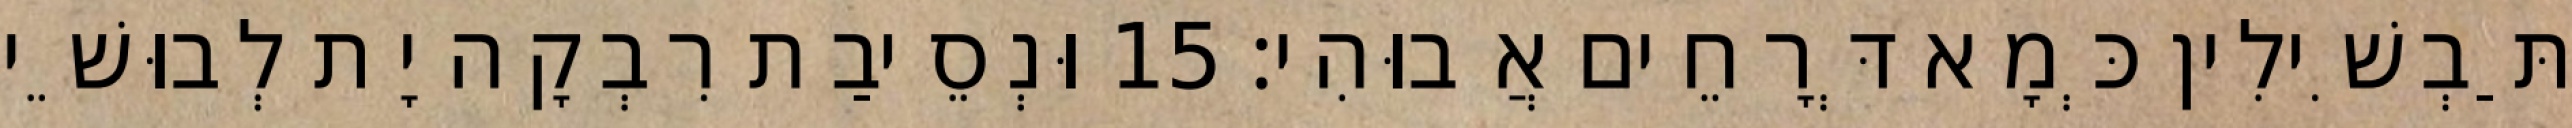
תַּבְשִׁילִין כְּמָא דְּרָחֵים אֲבוּהִי׃ 15 וּנְסֵיבַת רִבְקָה יָת לְבוּשֵׁי